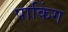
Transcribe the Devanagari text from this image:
पाकिंग